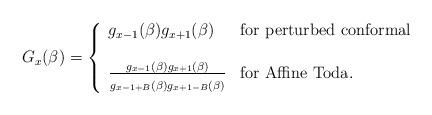
LaTeX: \begin{align*}G_{x}(\beta)=\left\{\begin{array}{lll}g_{x-1}(\beta)g_{x+1}(\beta) & {\rm for} \ {\rm perturbed \ conformal} \\ & \\{g_{x-1}(\beta)g_{x+1}(\beta)\over{\strut g_{x-1+B}(\beta)g_{x+1-B}(\beta)}} &{\rm for} \ {\rm Affine \ Toda}.\end{array}\right.\end{align*}